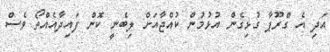
އަދި އެ ގްރޫޕާ ގުޅިގެން އުޅުމުން ކުއްޖާއަށް ލިބެނީ ކޮން ފައިދާއެއްތޯ ވެސް